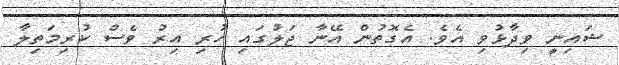
ޝައިނީ ވިދާޅުވި އެވެ. އެގޮތުން އޭނާ ޖަލުގައި ހުރި އިރު ވެސް ކުރިމަތިލާ